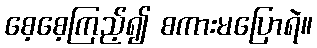
စေ့စေ့ကြည့်၍ စကားမပြောရဲ။